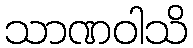
သာဏဝါသိ